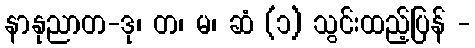
နာနုညာတ-ဒု၊ တ၊ မ၊ ဆံ (၁) သွင်းထည့်ပြန် -